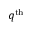
q ^ { \mathrm { t h } }